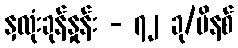
နှလုံးခုန်နှုန်း - ၇၂ ခု/မိနစ်